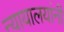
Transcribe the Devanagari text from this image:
न्यायालयांनी